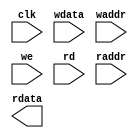
module tq_ram_2p_128x24 (
    				clk     ,
    				wdata   ,
    				waddr   ,
    				we      ,
    				rd      ,
    				raddr   ,
    				rdata  
);

// ********************************************
//                                             
//    Input/Output DECLARATION                    
//                                             
// ********************************************
input               clk      ; 
input [127:0]		wdata    ;
input [4:0]    		waddr    ;
input   			we       ;
input    			rd       ;
input [4:0]  		raddr    ;
output [127:0]   	rdata    ;

// ********************************************
//                                             
//    Logic DECLARATION                 
//                                             
// ********************************************
`ifdef RTL_MODEL
rf_2p #(.Addr_Width(5), .Word_Width(128))	
	   rf_2p_128x24 (
				.clka    ( clk      ),  
				.cena_i  ( ~rd      ),
		        .addra_i ( raddr    ),
		        .dataa_o ( rdata    ),
				.clkb    ( clk      ),     
				.cenb_i  ( ~we      ),  
				.wenb_i  ( ~we      ),   
				.addrb_i ( waddr    ),
				.datab_i ( wdata    )
);
`endif 

`ifdef FPGA_MODEL 
ram_2p_128x24 u_ram_2p_128x24(
	.clock    (clk   ),
	.data     (wdata ),
	.wraddress(waddr ),
	.wren     (we    ),
	.rdaddress(raddr ),
	.rden     (rd    ),
	.q        (rdata )
);
`endif 


`ifdef SMIC13_MODEL

`endif
endmodule